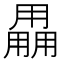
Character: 𤰌